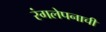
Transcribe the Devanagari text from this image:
रंगलेपनाची